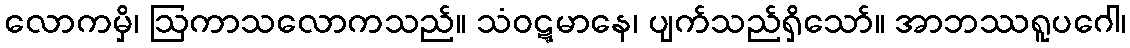
လောကမှိ၊ ဩကာသလောကသည်။ သံဝဋ္ဋမာနေ၊ ပျက်သည်ရှိသော်။ အာဘဿရူပဂေါ၊